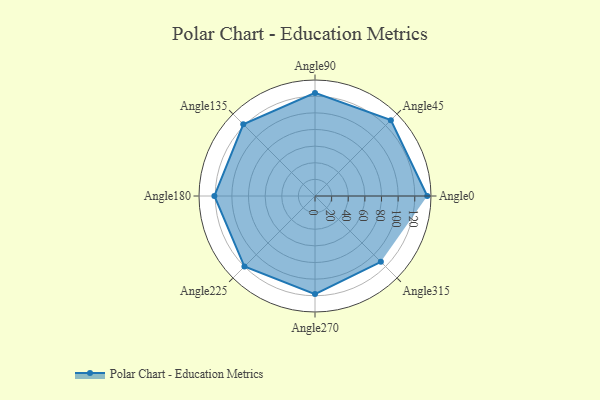
{"axis": {"x": "Angle", "y": "Radius"}, "legend": [""], "data": [{"x": "Angle0", "y": 135.0, "type": ""}, {"x": "Angle45", "y": 129.0, "type": ""}, {"x": "Angle90", "y": 124.0, "type": ""}, {"x": "Angle135", "y": 122.0, "type": ""}, {"x": "Angle180", "y": 121.0, "type": ""}, {"x": "Angle225", "y": 120.0, "type": ""}, {"x": "Angle270", "y": 118.0, "type": ""}, {"x": "Angle315", "y": 112.0, "type": ""}]}